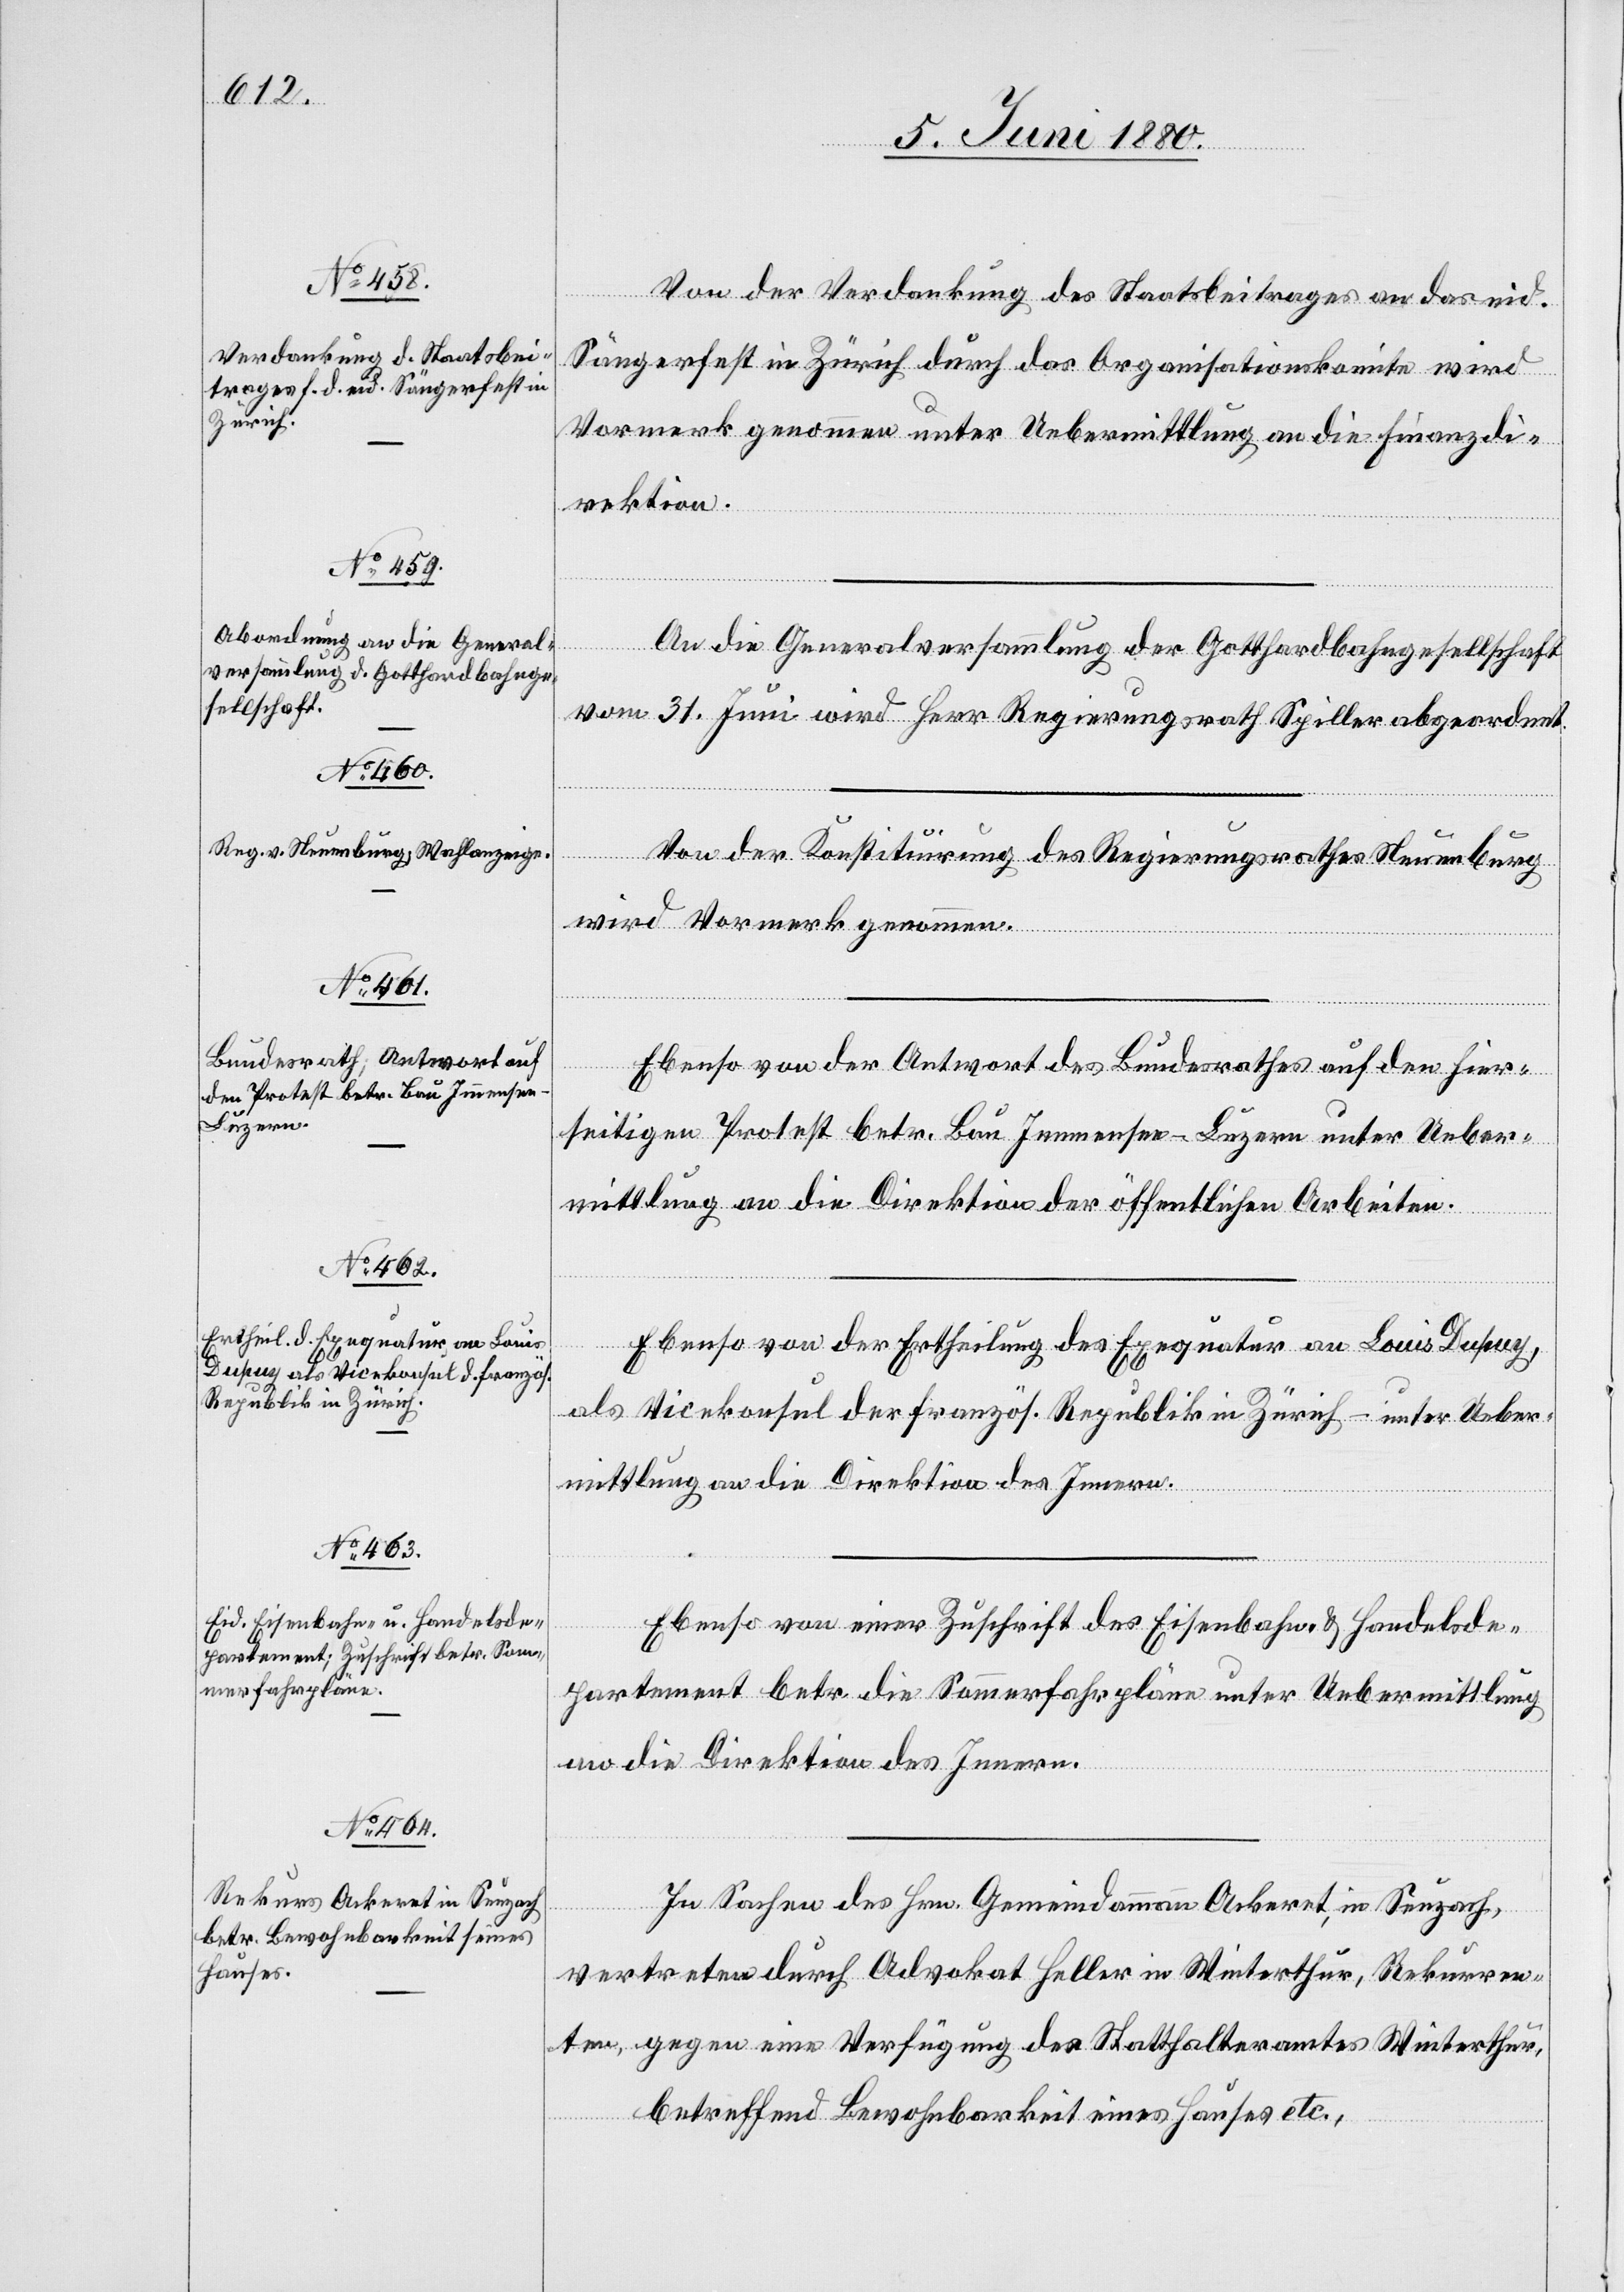
Von der Verdankung des Staatsbeitrages an das eid.
Sängerfest in Zürich durch das Organisationskomite wird
Vormerk genommen unter Uebermittlung an die Finanzdi¬
rektion.
An die Generalversammlung der Gotthardbahngesellschaft
vom 31. Juni wird Herr Regierungsrath Spiller abgeordnet.
Von der Konstituirung des Regierungsrathes Neuenburg
wird Vormerk genommen.
Ebenso von der Antwort des Bundesrathes auf den hier¬
seitigen Protest betr. Bau Immensee–Luzern unter Ueber¬
mittlung an die Direktion der öffentlichen Arbeiten.
Ebenso von der Ertheilung des Exequatur an Louis Dupuy
als Vicekonsul der fanzös. Republik in Zürich – unter Ueber¬
mittlung an die Direktion des Innern.
Ebenso von einer Zuschrift des Eisenbahn & Handelsde¬
partement betr. die Sommerfahrpläne unter Uebermittlung
an die Direktion des Innern.
In Sachen des Hrn. Gemeindammann Ackeret, in Seuzach,
vertreten durch Advokat Heller in Winterthur, Rekurren¬
ten gegen eine Verfügung des Statthalteramtes Winterthur,
betreffend Bewohnbarkeit eines Hauses etc.